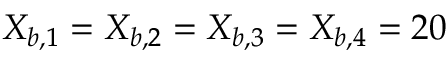
X _ { b , 1 } = X _ { b , 2 } = X _ { b , 3 } = X _ { b , 4 } = 2 0